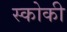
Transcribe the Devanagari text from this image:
स्कोकी